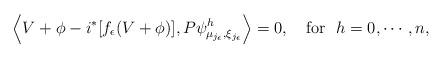
LaTeX: \begin{align*} \Big\langle V+\phi -i^*[f_\epsilon(V+\phi )], P\psi^h_{ \mu_{j_\epsilon},\xi_{j_\epsilon}}\Big\rangle = 0, \quad\mbox{for}\ \ h=0,\cdots,n,\end{align*}